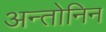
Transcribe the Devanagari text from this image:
अन्तोनिन